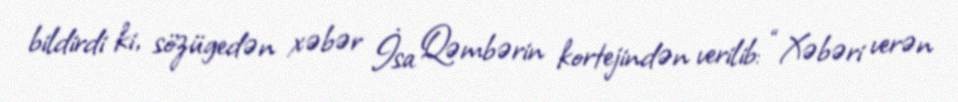
bildirdi ki, sözügedən xəbər İsa Qəmbərin kortejindən verilib: “Xəbəri verən